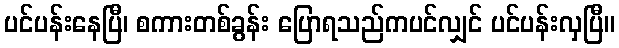
ပင်ပန်းနေပြီ၊ စကားတစ်ခွန်း ပြောရသည်ကပင်လျှင် ပင်ပန်းလှပြီ။